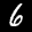
Label: 6